Report of the Indian Hemp Drugs Commission, 1894-1895 - Volume V
Year: 1894
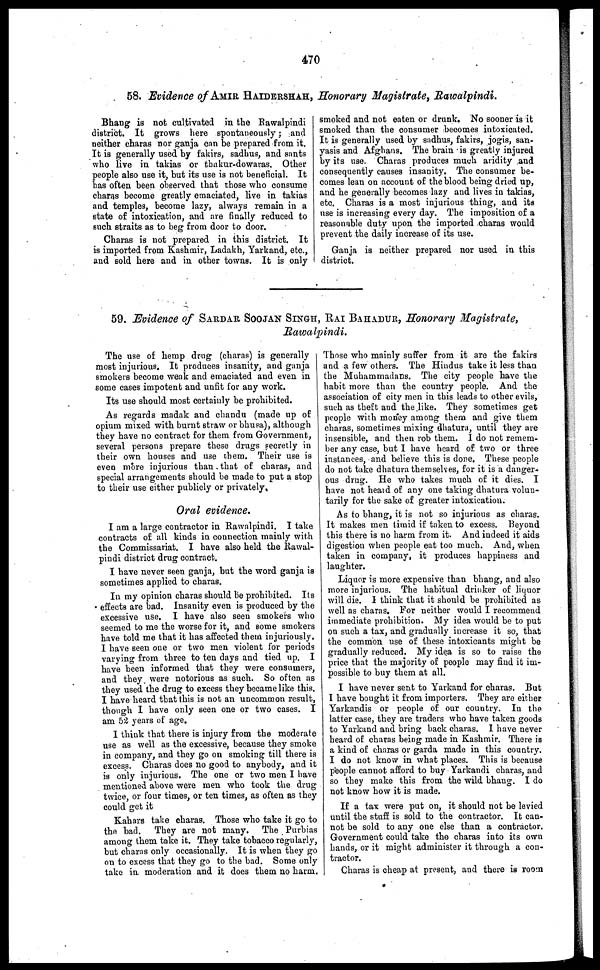
470
58. Evidence of AMIR HAIDERSHAH,
Bhang is not cultivated in the Rawalpindi
district. It grows here spontaneously; and
neither charas nor ganja can be prepared from it.
It is generally used by fakirs, sadhus, and sants
who live in takias or thakur-dowaras. Other
people also use it, but its use is not beneficial. It
has often been observed that those who consume
charas become greatly emaciated, live in takias
and temples, become lazy, alwaya remain in a
state of intoxication, and are finally reduced to
such straits as to beg from door to door.
Charas is not prepared in this district. It
is imported from Kashmir, Ladakh, Yarkand, etc.,
and sold here and in other towns. It is only
Honorary Magistrate, Rawalpindi.
smoked and not eaten or drunk. No sooner is it
smoked than the consumer becomes intoxicated.
It is generally used by sadhus, fakirs, jogis, san-
yasis and Afghans. The brain is greatly injured
by its use. Charas produces much aridity and
consequently causes insanity. The consumer be-
comes lean on account of the blood being dried up,
and he generally becomes lazy and lives in takias,
etc. Charas is a most injurious thing, and its
use is increasing every day. The imposition of a
reasonable duty upon the imported charas would
prevent the daily increase of its use.
Ganja is neither prepared nor used in this
district.
59. Evidence of SARDAR SOOJAN SINGH, RAI BAHADUR, Honorary Magistrate,
Rawalpindi.
The use of hemp drug (charas) is generally
most injurious. It produces insanity, and ganja
smokers become weak and emaciated and even in
some cases impotent and unfit for any work.
Its use should most certainly be prohibited.
As regards madak and chandu (made up of
opium mixed with burnt straw or bhusa), although
they have no contract for them from Government,
several persons prepare these drugs secretly in
their own houses and use them. Their use is
even more injurious than that of charas, and
special arrangements should be made to put a stop
to their use either publicly or privately.
Oral evidence.
I am a large contractor in Rawalpindi. I take
contracts of all kinds in connection mainly with
the Commissariat. I have also held the Rawal-
pindi district drug contract.
I have never seen ganja, but the word ganja is
sometimes applied to charas.
In my opinion charas should be prohibited. Its
effects are bad. Insanity even is produced by the
excessive use. I have also seen smokers who
seemed to me the worse for it, and some smokers
have told me that it has affected them injuriously.
I have seen one or two men violent for periods
varying from three to ten days and tied up. I
have been informed that they were consumers,
and they were notorious as such. So often as
they used the drug to excess they became like this.
I have heard that this is not an uncommon result,
though I have only seen one or two cases. I
am 52 years of age.
I think that there is injury from the moderate
use as well as the excessive, because they smoke
in company, and they go on smoking till there is
excess. Charas does no good to anybody, and it
is only injurious. The one or two men I have
mentioned above were men who took the drug
twice, or four times, or ten times, as often as they
could get it
Kahars take charas. Those who take it go to
the bad. They are not many. The Purbias
among them take it. They take tobacco regularly,
but charas only occasionally. It is when they go
on to excess that they go to the bad. Some only
take in moderation and it does them no harm.
Those who mainly suffer from it are the fakirs
and a few others. The Hindus take it less than
the Muhammadans. The city people have the
habit more than the country people. And the
association of city men in this leads to other evils,
such as theft and the like. They sometimes get
people with money among them and give them
charas, sometimes mixing dhatura, until they are
insensible, and then rob them. I do not remem-
ber any case, but I have heard of two or three
instances, and believe this is done. These people
do not take dhatura themselves, for it is a danger-
ous drug. He who takes much of it dies. I
have not heard of any one taking dhatura volun-
tarily for the sake of greater intoxication.
As to bhang, it is not so injurious as charas.
It makes men timid if taken to excess. Beyond
this there is no harm from it. And indeed it aids
digestion when people eat too much. And, when
taken in company, it produces happiness and
laughter.
Liquor is more expensive than bhang, and also
more injurious. The habitual drinker of liquor
will die. I think that it should be prohibited as
well as charas. For neither would I recommend
immediate prohibition. My idea would be to put
on such a tax, and gradually increase it so, that
the common use of these intoxicants might be
gradually reduced. My idea is so to raise the
price that the majority of people may find it im-
possible to buy them at all.
I have never sent to Yarkand for charas. But
I have bought it from importers. They are either
Yarkandis or people of our country. In the
latter case, they are traders who have taken goods
to Yarkand and bring back charas. I have never
heard of charas being made in Kashmir. There is
a kind of charas or garda made in this country.
I do not know in what places. This is because
people cannot afford to buy Yarkaudi charas, and
so they make this from the wild bhang. I do
not know how it is made.
If a tax were put on, it should not be levied
until the stuff is sold to the contractor. It can-
not be sold to any one else than a contractor.
Government could take the charas into its own
hands, or it might administer it through a con-
tractor.
Charas is cheap at present, and there is room